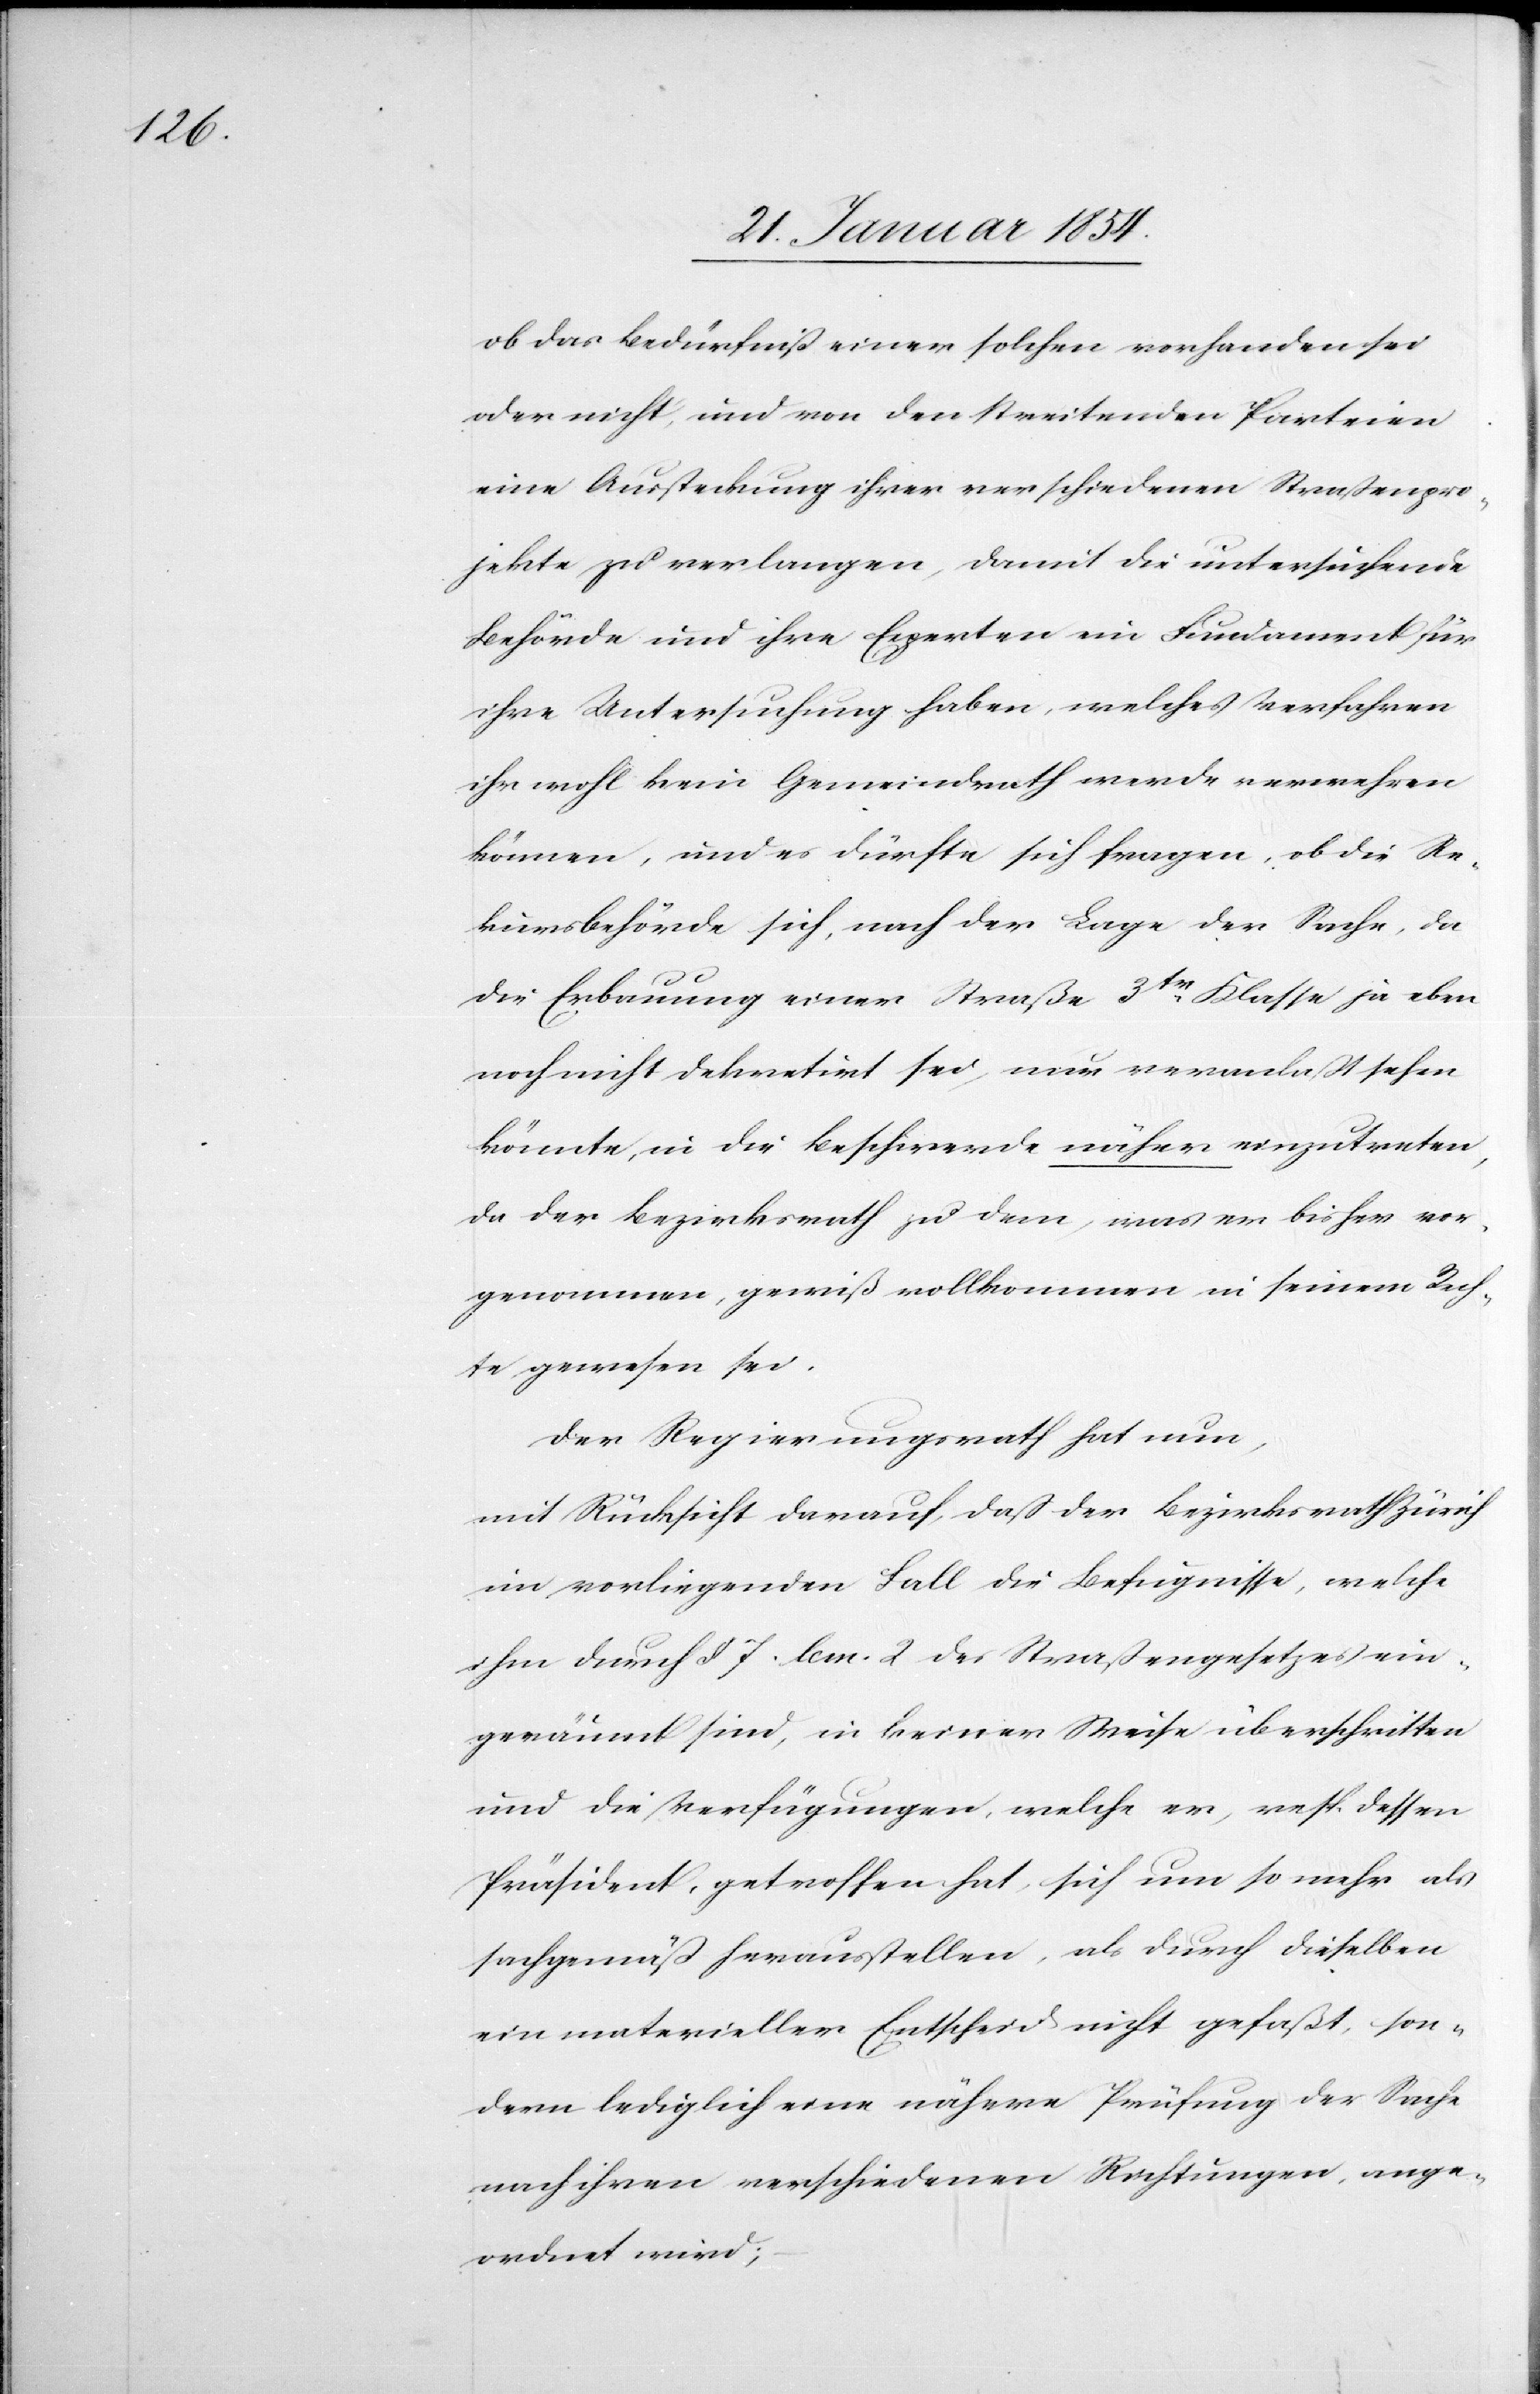
ob das Bedürfniß einer solchen vorhanden sei
oder nicht, und von den streitenden Parteien
eine Aussteckung ihrer verschiedenen Straßenpro¬
jekte zu verlangen, damit die untersuchende
Behörde und ihre Experten ein Fundament für
ihre Untersuchung haben, welches Verfahren
ihr wohl kein Gemeindrath werde verwehren
können, und es dürfte sich fragen, ob die Re¬
kursbehörde sich, nach der Lage der Sache, da
die Erbauung einer Straße 3tr Klasse ja eben
noch nicht dekretirt sei, nur veranlaßt sehen
könnte, in die Beschwerde näher einzutreten,
da der Bezirksrath zu dem, was er bisher vor¬
genommen, gewiß vollkommen in seinem Rech¬
te gewesen sei.
Der Regierungsrath hat nun,
mit Rücksicht darauf, daß der Bezirksrath Zürich
im vorliegenden Fall die Befugnisse, welche
ihm durch § 7. bm. 2 des Straßengesetzes ein¬
geräumt sind, in keiner Weise überschritten
und die Verfügungen, welche er, resp. dessen
Präsident, getroffen hat, sich um so mehr als
sachgemäß herausstellen, als durch dieselben
ein materieller Entscheid nicht gefaßt, son¬
dern lediglich eine nähere Prüfung der Sache
nach ihren verschiedenen Richtungen, ange¬
ordnet wird;